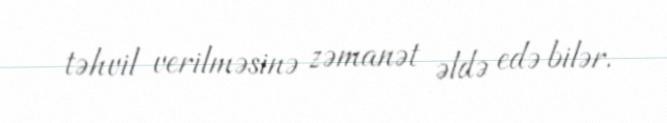
təhvil verilməsinə zəmanət əldə edə bilər.